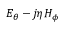
E _ { \theta } - j \eta H _ { \phi }